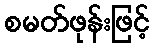
စမတ်ဖုန်းဖြင့်